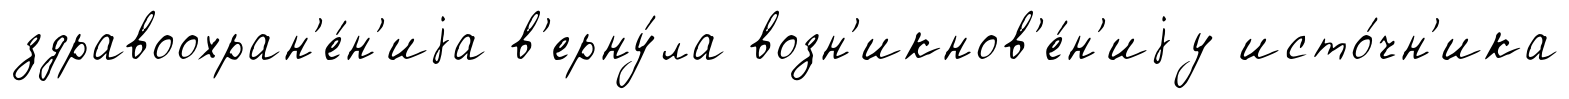
здравоохран'е́н'иjа в'ерну́ла возн'икнов'е́н'иjу исто́чн'ика